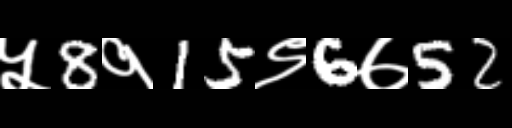
Text: ५8१15९6७52